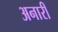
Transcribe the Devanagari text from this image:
अनारी